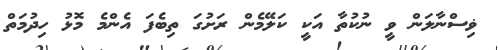
ޥިސްނާލަން ވީ ނުކުތާ އަކީ ކަލޭމެން ރަށުގަ ތިބެފަ އެންމެ މޮޅު ހިދުމަތް